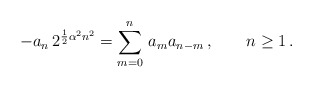
\begin{align*}-a_n \, 2^{{1 \over 2} \alpha^2 n^2}= \sum_{m=0}^n \, a_m a_{n-m}\,,\qquad n\geq 1\,.\end{align*}